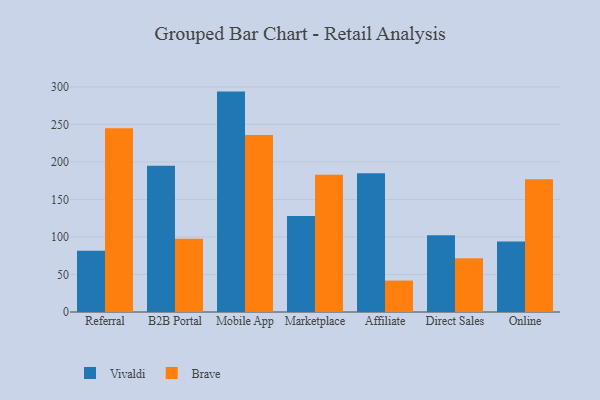
{"axis": {"x": "Channel", "y": "Operating Costs (USD K)"}, "legend": ["Brave", "Vivaldi"], "data": [{"x": "Referral", "y": 81.7, "type": "Vivaldi"}, {"x": "Referral", "y": 244.9, "type": "Brave"}, {"x": "B2B Portal", "y": 195.1, "type": "Vivaldi"}, {"x": "B2B Portal", "y": 97.8, "type": "Brave"}, {"x": "Mobile App", "y": 293.8, "type": "Vivaldi"}, {"x": "Mobile App", "y": 235.8, "type": "Brave"}, {"x": "Marketplace", "y": 128.0, "type": "Vivaldi"}, {"x": "Marketplace", "y": 182.8, "type": "Brave"}, {"x": "Affiliate", "y": 184.9, "type": "Vivaldi"}, {"x": "Affiliate", "y": 41.9, "type": "Brave"}, {"x": "Direct Sales", "y": 102.4, "type": "Vivaldi"}, {"x": "Direct Sales", "y": 71.8, "type": "Brave"}, {"x": "Online", "y": 94.0, "type": "Vivaldi"}, {"x": "Online", "y": 177.1, "type": "Brave"}]}